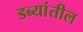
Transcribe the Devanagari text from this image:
डब्यांतील